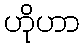
ဟိုဟာ